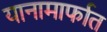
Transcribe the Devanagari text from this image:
यानामार्फात